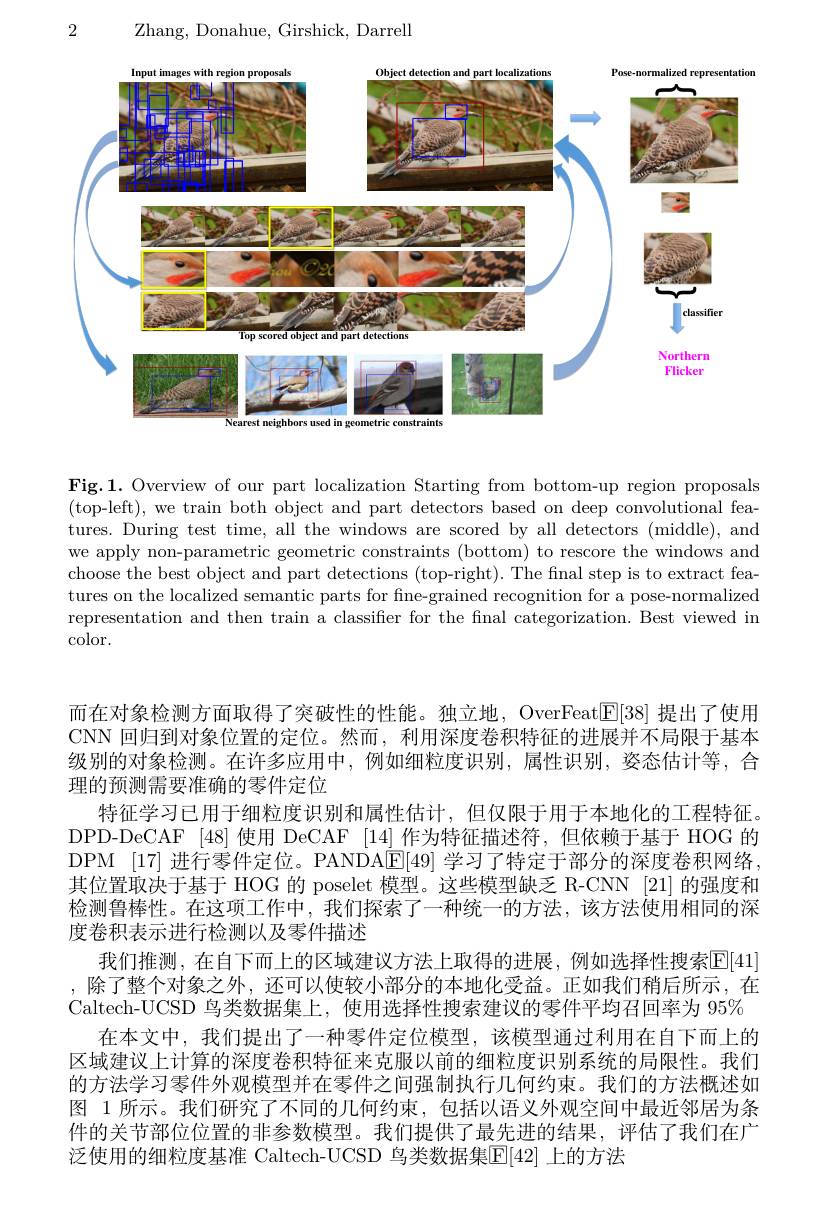
2

Zhang, Donahue, Girshick, Darrell

<FigureHere>

Fig.1. Overview of our part localization Starting from bottom-up region proposals (top-left), we train both object and part detectors based on deep convolutional features. During test time, all the windows are scored by all detectors (middle), and we apply non-parametric geometric constraints (bottom) to rescore the windows and choose the best object and part detections (top-right). The final step is to extract features on the localized semantic parts for fine-grained recognition for a pose-normalized representation and then train a classifier for the final categorization. Best viewed in color.

而在对象检测方面取得了突破性的性能。独立地，OverFeat$\mathbb{E}[38]$提出了使用CNN 回归到对象位置的定位。然而，利用深度卷积特征的进展并不局限于基本级别的对象检测。在许多应用中，例如细粒度识别，属性识别，姿态估计等，合理的预测需要准确的零件定位
特征学习已用于细粒度识别和属性估计，但仅限于用于本地化的工程特征。DPD-DeCAF [48]使用 DeCAF [14] 作为特征描述符，但依赖于基于 HOG 的DPM [17] 进行零件定位。PANDAE|49|学习了特定于部分的深度卷积网络， 其位置取决于基于 HOG 的 poselet 模型。这些模型缺乏 R-CNN [21] 的强度和检测鲁棒性。在这项工作中，我们探索了一种统一的方法，该方法使用相同的深度卷积表示进行检测以及零件描述
我们推测，在自下而上的区域建议方法上取得的进展，例如选择性搜索E[41] ,除了整个对象之外，还可以使较小部分的本地化受益。正如我们稍后所示，在Caltech-UCSD 鸟类数据集上，使用选择性搜索建议的零件平均召回率为 95%
在本文中，我们提出了一种零件定位模型，该模型通过利用在自下而上的区域建议上计算的深度卷积特征来克服以前的细粒度识别系统的局限性。我们的方法学习零件外观模型并在零件之间强制执行几何约束。我们的方法概述如图 1 所示。我们研究了不同的几何约束，包括以语义外观空间中最近邻居为条件的关节部位位置的非参数模型。我们提供了最先进的结果，评估了我们在广泛使用的细粒度基准 Caltech-UCSD 鸟类数据集$\mathbb{E}[42]$ 上的方法